Document type: Sale
Year: 1354
Scribe: Bernat de Torre
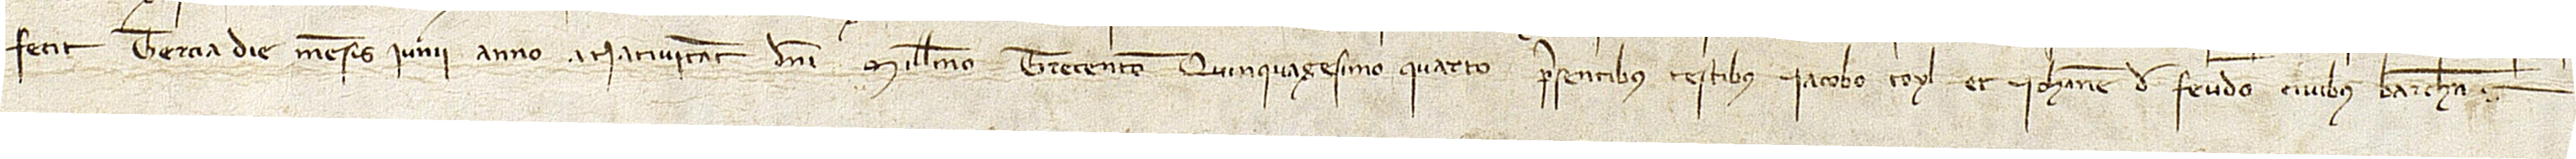
fecit tercia die mensis iunii, anno a Nativitate Domini millesimo trecentesimo quinquagesimo quarto, presentibus testibus Iacobo Toyl et Iohanne de Feudo, civibus Barchinone.